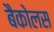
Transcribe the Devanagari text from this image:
बैकोलस